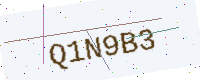
Text: Q1N9B3